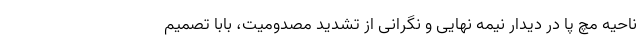
ناحیه مچ پا در دیدار نیمه نهایی و نگرانی از تشدید مصدومیت، بابا تصمیم